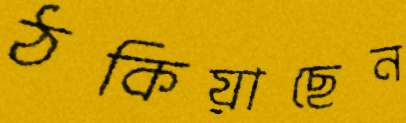
ঠকিয়াছেন